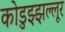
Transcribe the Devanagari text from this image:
कोडुझ्झल्लूर